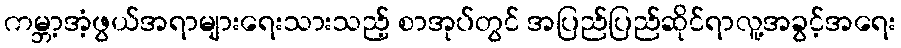
ကမ္ဘာ့အံ့ဖွယ်အရာများရေးသားသည့် စာအုပ်တွင် အပြည်ပြည်ဆိုင်ရာလူ့အခွင့်အရေး